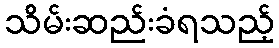
သိမ်းဆည်းခံရသည့်